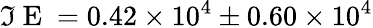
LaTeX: \Im\mathrm{~E~}=0.42\times 10^{4}\pm 0.60\times 10^{4}